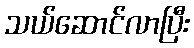
သယ်ဆောင်လာပြီး